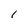
Character: 1